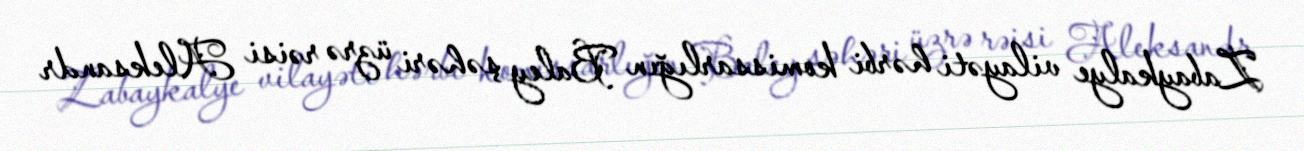
Zabaykalye vilayəti hərbi komissarlığın Baley şəhəri üzrə rəisi Aleksandr